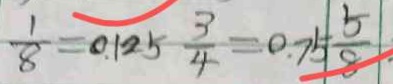
\frac { 1 } { 8 } = 0 . 1 2 5 \frac { 3 } { 4 } = 0 . 7 5 \frac { 5 } { 8 } .